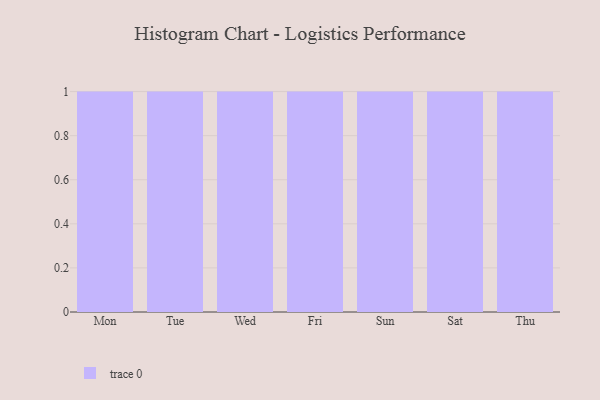
{"axis": {"x": "Day", "y": "Market Share (%)"}, "legend": [""], "data": [{"x": "Mon", "y": 90, "type": ""}, {"x": "Tue", "y": 21, "type": ""}, {"x": "Wed", "y": 38, "type": ""}, {"x": "Fri", "y": 46, "type": ""}, {"x": "Sun", "y": 10, "type": ""}, {"x": "Sat", "y": 14, "type": ""}, {"x": "Thu", "y": 51, "type": ""}]}